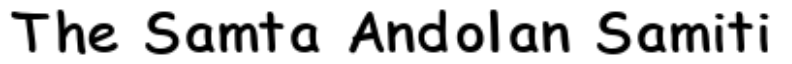
The Samta Andolan Samiti